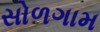
સોળગામ